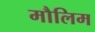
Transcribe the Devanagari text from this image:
मौलिम